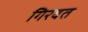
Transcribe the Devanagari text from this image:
गिरवत